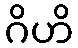
ဂိဟိ